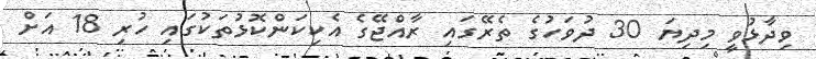
ވިދާޅުވީ މިދިޔަ 30 ދުވަހުގެ ތެރޭގައި ރާއްޖޭގެ އެކިކަންކޮޅުތަކުގައި ހުރި 18 އަށް